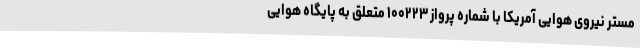
مستر نیروی هوایی آمریکا با شماره پرواز ۱۰۰۲۲۳ متعلق به پایگاه هوایی